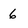
Character: 6